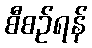
စီစဉ်ရန်